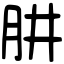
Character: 肼